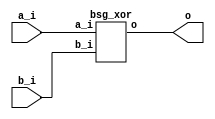


module top
(
  a_i,
  b_i,
  o
);

  input [31:0] a_i;
  input [31:0] b_i;
  output [31:0] o;

  bsg_xor
  wrapper
  (
    .a_i(a_i),
    .b_i(b_i),
    .o(o)
  );


endmodule



module bsg_xor
(
  a_i,
  b_i,
  o
);

  input [31:0] a_i;
  input [31:0] b_i;
  output [31:0] o;
  wire [31:0] o;
  assign o[31] = a_i[31] ^ b_i[31];
  assign o[30] = a_i[30] ^ b_i[30];
  assign o[29] = a_i[29] ^ b_i[29];
  assign o[28] = a_i[28] ^ b_i[28];
  assign o[27] = a_i[27] ^ b_i[27];
  assign o[26] = a_i[26] ^ b_i[26];
  assign o[25] = a_i[25] ^ b_i[25];
  assign o[24] = a_i[24] ^ b_i[24];
  assign o[23] = a_i[23] ^ b_i[23];
  assign o[22] = a_i[22] ^ b_i[22];
  assign o[21] = a_i[21] ^ b_i[21];
  assign o[20] = a_i[20] ^ b_i[20];
  assign o[19] = a_i[19] ^ b_i[19];
  assign o[18] = a_i[18] ^ b_i[18];
  assign o[17] = a_i[17] ^ b_i[17];
  assign o[16] = a_i[16] ^ b_i[16];
  assign o[15] = a_i[15] ^ b_i[15];
  assign o[14] = a_i[14] ^ b_i[14];
  assign o[13] = a_i[13] ^ b_i[13];
  assign o[12] = a_i[12] ^ b_i[12];
  assign o[11] = a_i[11] ^ b_i[11];
  assign o[10] = a_i[10] ^ b_i[10];
  assign o[9] = a_i[9] ^ b_i[9];
  assign o[8] = a_i[8] ^ b_i[8];
  assign o[7] = a_i[7] ^ b_i[7];
  assign o[6] = a_i[6] ^ b_i[6];
  assign o[5] = a_i[5] ^ b_i[5];
  assign o[4] = a_i[4] ^ b_i[4];
  assign o[3] = a_i[3] ^ b_i[3];
  assign o[2] = a_i[2] ^ b_i[2];
  assign o[1] = a_i[1] ^ b_i[1];
  assign o[0] = a_i[0] ^ b_i[0];

endmodule